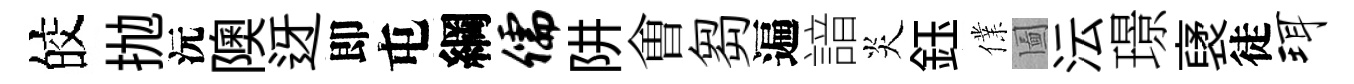
皎抛沅隩迓即屯綱儒阱㑹芻遍諳炎鈺㒒圗沄璟裦徒珥